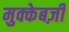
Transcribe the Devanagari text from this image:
मुक्केबज़ी